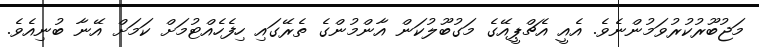
މަޖުބޫރުކުރުވަމުންނެވެ. އެއީ އެޗްޕީއޭގެ މަގުބޫލުކަން އާންމުންގެ ތެރޭގައި ހިފެހެއްޓުމަށް ކަމަށް އޭނާ ބުނިއެވެ.